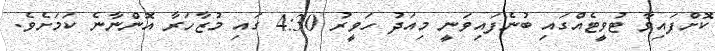
ކޮށްފައިވާ ޓުވީޓެއްގައި ބުނެފައިވަނީ މިއަދު ހަވީރު 4:30 ގައި މުޒާހަރާ އޮންނާނެ ކަމަށެވެ.